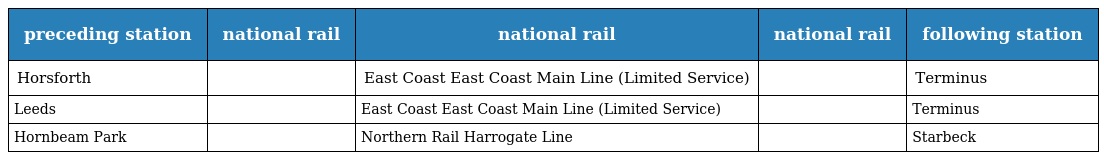
| preceding station | national rail | national rail | national rail | following station |
 | --- | --- | --- | --- | --- |
 | Horsforth |  | East Coast East Coast Main Line (Limited Service) |  | Terminus |
 | Leeds |  | East Coast East Coast Main Line (Limited Service) |  | Terminus |
 | Hornbeam Park |  | Northern Rail Harrogate Line |  | Starbeck |